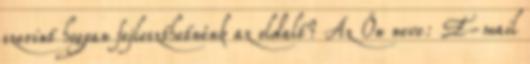
szerint hogyan fejleszthetnénk az oldalt? Az Ön neve: E-mail